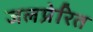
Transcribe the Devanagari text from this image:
जलप्रेरित